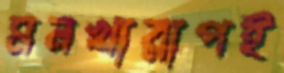
মনখারাপই